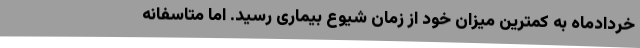
خردادماه به کمترین میزان خود از زمان شیوع بیماری رسید. اما متاسفانه